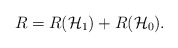
\begin{align*}R=R(\mathcal{H}_1)+R(\mathcal{H}_0).\end{align*}